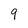
Character: 9